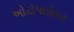
ઓટોપાઇલટ